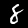
Label: 8